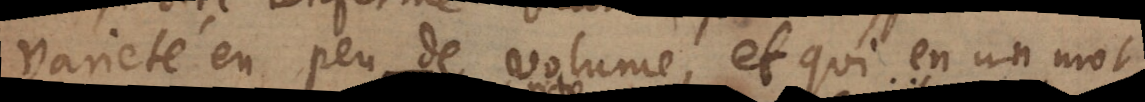
varieté en peu de volume, et qui en un mot